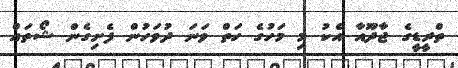
ތްރީޑީގެ ޖާދޫއާ އެކު މި މަހުގެ ހަތް ވަނަ ދުވަހުން ފެށިގެން ޝޯތައް